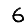
Digit: 6